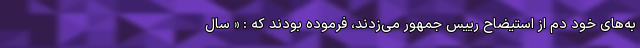
به‌های خود دم از استیضاح رییس جمهور می‌زدند، فرموده بودند که : « سال